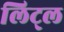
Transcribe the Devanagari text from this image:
लिट्‌ल